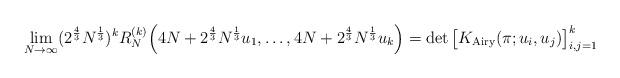
LaTeX: \begin{align*} \lim_{N \to \infty} (2^{\frac{4}{3}}N^{\frac{1}{3}})^k R_{N}^{(k)}\Big(4N+2^{\frac{4}{3}}N^{\frac{1}{3}}u_1, \ldots, 4N+2^{\frac{4}{3}}N^{\frac{1}{3}}u_k\Big)= \det \big[K_{\mathrm{Airy}}(\pi;u_{i},u_{j})\big]_{i,j = 1}^{k} \end{align*}